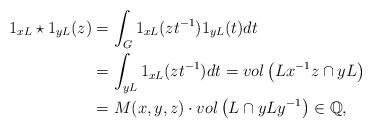
LaTeX: \begin{align*} \begin{aligned} 1_{xL}\star 1_{yL}(z)&=\int_G 1_{xL}(zt^{-1}) 1_{yL}(t) dt\\ & =\int_{yL} 1_{xL}(zt^{-1})dt=vol\left(Lx^{-1}z\cap yL\right)\\ &= M(x, y, z) \cdot vol \left(L\cap yLy^{-1} \right) \in \mathbb Q, \end{aligned}\end{align*}